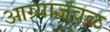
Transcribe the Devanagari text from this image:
आग्र्याजवळ